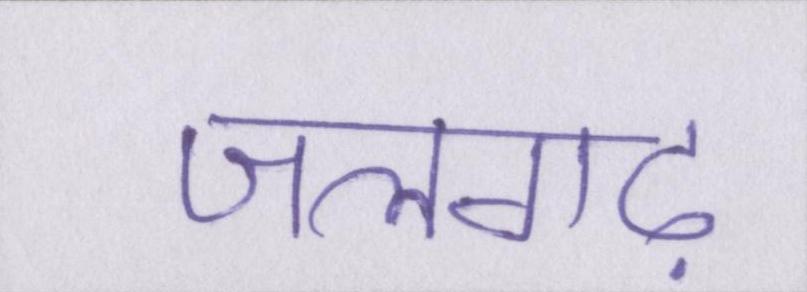
जलगढ़